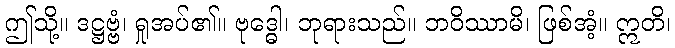
ဤသို့။ ဒဋ္ဌဗ္ဗံ၊ ရှုအပ်၏။ ဗုဒ္ဓေါ၊ ဘုရားသည်။ ဘဝိဿာမိ၊ ဖြစ်အံ့။ ဣတိ၊